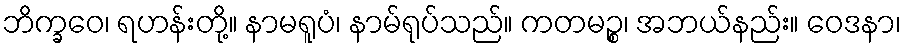
ဘိက္ခဝေ၊ ရဟန်းတို့။ နာမရူပံ၊ နာမ်ရုပ်သည်။ ကတမဉ္စ၊ အဘယ်နည်း။ ဝေဒနာ၊